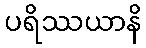
ပရိဿယာနိ